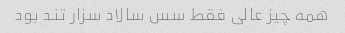
همه چیز عالی فقط سس سالاد سزار تند بود